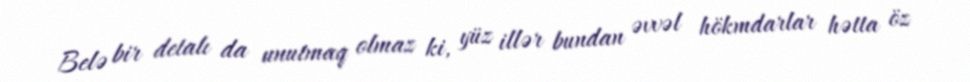
Belə bir detalı da unutmaq olmaz ki, yüz illər bundan əvvəl hökmdarlar hətta öz